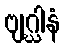
ဗျဂ္ဃါနံ